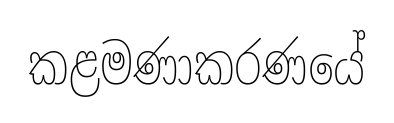
කළමණාකරණයේ